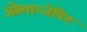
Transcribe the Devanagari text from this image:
ओलान्जेपिन